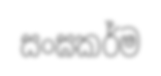
සංඝකර්ම